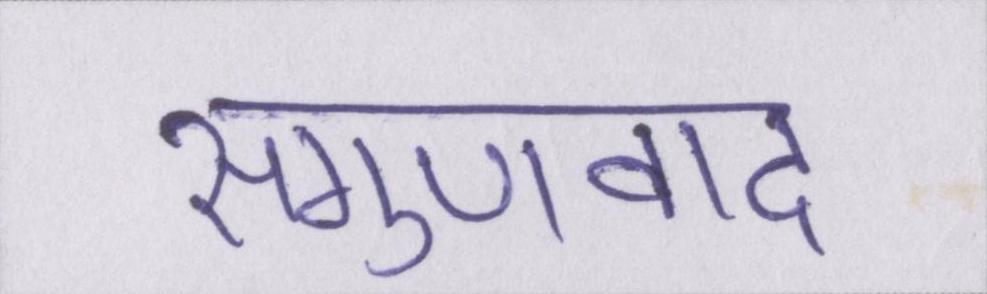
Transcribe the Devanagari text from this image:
सगुणवाद